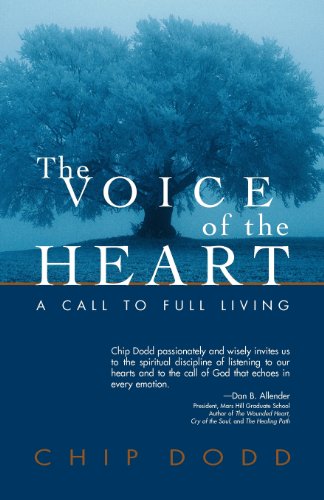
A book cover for The Voice of the Heart; Chip Dodd; Christian Books & Bibles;